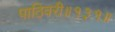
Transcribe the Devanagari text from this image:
पाठिवरी॥१३१॥